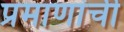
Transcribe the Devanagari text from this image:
प्रमाणांची